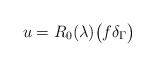
\begin{align*}u=R_0(\lambda)\bigl(f\delta_\Gamma\bigr)\end{align*}